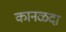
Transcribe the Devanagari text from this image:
कानळदा